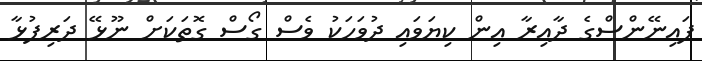
ފައިނޭންސްގެ ދާއިރާ އިން ކިޔަވައި ދުވަހަކު ވެސް ގޯސް ގޮތަކަށް ނޫޅޭ ދަރިފުޅާ